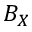
B _ { X }